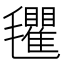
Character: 𣰽